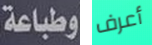
وطباعة أعرف